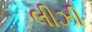
લીઝી